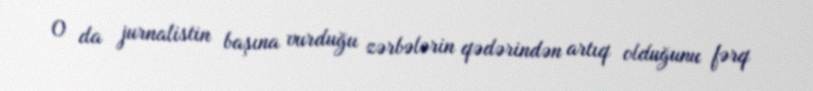
O da jurnalistin başına vurduğu zərbələrin qədərindən artıq olduğunu fərq